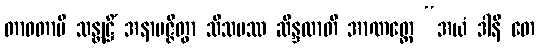
တာဝတာပိ သန္တုဋ္ဌိံ အနာပဇ္ဇိတွာ သီသမဿ ဆိန္ဒထာတိ အာဏတ္တေ “အယံ ဒါနိ တေ